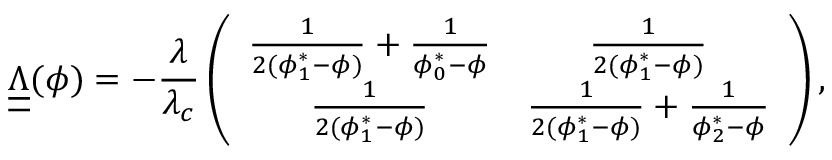
\underline { { \underline { { \Lambda } } } } ( \phi ) = - \frac { \lambda } { \lambda _ { c } } \left( \begin{array} { c c } { \frac { 1 } { 2 ( \phi _ { 1 } ^ { * } - \phi ) } + \frac { 1 } { \phi _ { 0 } ^ { * } - \phi } } & { \frac { 1 } { 2 ( \phi _ { 1 } ^ { * } - \phi ) } } \\ { \frac { 1 } { 2 ( \phi _ { 1 } ^ { * } - \phi ) } } & { \frac { 1 } { 2 ( \phi _ { 1 } ^ { * } - \phi ) } + \frac { 1 } { \phi _ { 2 } ^ { * } - \phi } } \end{array} \right) ,